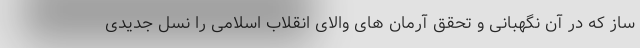
ساز که در آن نگهبانی و تحقق آرمان های والای انقلاب اسلامی را نسل جدیدی